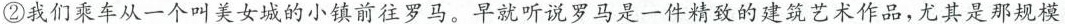
②我们乘车从一个叫美女城的小镇前往罗马。早就听说罗马是一件精致的建筑艺术作品，尤其是那规模